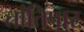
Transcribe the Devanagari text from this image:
तांतिपार